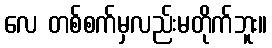
လေ တစ်စက်မှလည်းမတိုက်ဘူး။